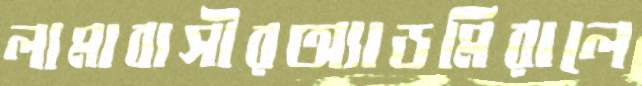
লামাবাসীরঅ্যাডমিরালে